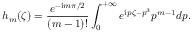
h _ { m } ( \zeta ) = \frac { e ^ { - \mathrm { i } m \pi / 2 } } { ( m - 1 ) ! } \int _ { 0 } ^ { + \infty } e ^ { \mathrm { i } p \zeta - p ^ { 3 } } p ^ { m - 1 } d p .